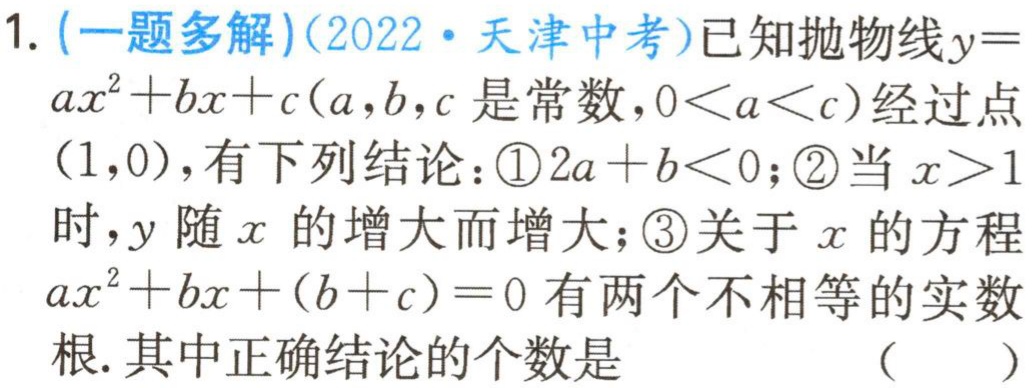
1. (一题多解)(2022·天津中考)已知抛物线$y = ax^{2}+bx + c(a,b,c$是常数，$0 < a < c)$经过点$(1,0)$，有下列结论：\textcircled{1}$2a + b < 0$；\textcircled{2}当$x > 1$时，$y$随$x$的增大而增大；\textcircled{3}关于$x$的方程$ax^{2}+bx+(b + c)=0$有两个不相等的实数根. 其中正确结论的个数是 （  ）